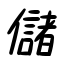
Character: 儲